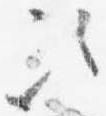
次